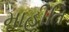
માહીતિ